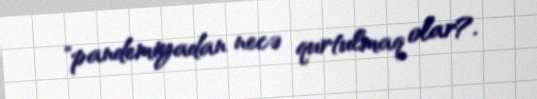
"pandemiyadan necə qurtulmaq olar?.